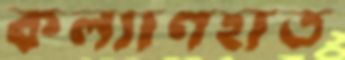
কল্যাণহাত